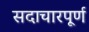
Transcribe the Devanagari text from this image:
सदाचारपूर्ण